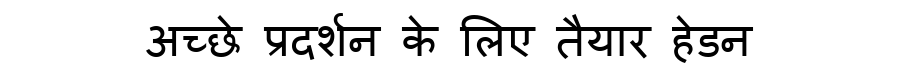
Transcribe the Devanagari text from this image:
अच्छे प्रदर्शन के लिए तैयार हेडन